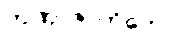
တဏှာဇာတိကော